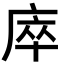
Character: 𢈼